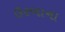
ઉરબાના